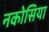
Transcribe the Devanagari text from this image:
नकोसिया